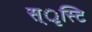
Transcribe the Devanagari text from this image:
स्ृस्टि